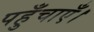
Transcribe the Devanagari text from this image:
पहुँचाएँ।